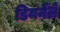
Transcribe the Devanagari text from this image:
डियर्नले